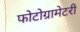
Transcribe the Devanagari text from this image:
फोटोग्रामेटरी